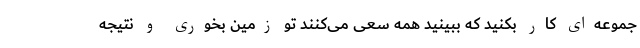
جموعه‌ای کار بکنید که ببینید همه سعی می‌کنند تو زمین بخوری و نتیجه